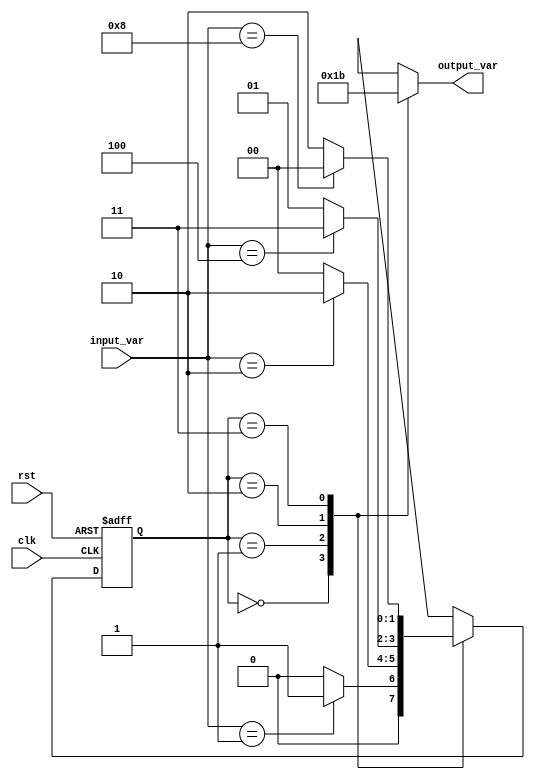
module variable_input_mealy_fsm #(
    parameter N = 4,  // Input width
    parameter M = 2   // Output width
)(
    input wire clk,
    input wire rst,
    input wire [N-1:0] input_var,
    output reg [M-1:0] output_var
);

    // Define states as local parameters
    localparam STATE1 = 2'b00;
    localparam STATE2 = 2'b01;
    localparam STATE3 = 2'b10;
    localparam STATE4 = 2'b11;

    // State register
    reg [1:0] current_state, next_state;

    // Asynchronous reset and state transition on clock edge
    always @(posedge clk or posedge rst) begin
        if (rst) begin
            current_state <= STATE1; // Reset to initial state
        end else begin
            current_state <= next_state; // Update state
        end
    end

    // Next state logic
    always @(*) begin
        case (current_state)
            STATE1: begin
                if (input_var == 4'b0001) begin
                    next_state = STATE2; // Transition based on input
                end else begin
                    next_state = STATE1; // Stay in current state
                end
            end
            STATE2: begin
                if (input_var == 4'b0010) begin
                    next_state = STATE3; // Transition based on input
                end else begin
                    next_state = STATE1; // Default transition
                end
            end
            STATE3: begin
                if (input_var == 4'b0100) begin
                    next_state = STATE4; // Transition based on input
                end else begin
                    next_state = STATE2; // Default transition
                end
            end
            STATE4: begin
                if (input_var == 4'b1000) begin
                    next_state = STATE1; // Transition based on input
                end else begin
                    next_state = STATE3; // Default transition
                end
            end
            default: next_state = STATE1; // Default state
        endcase
    end

    // Output logic
    always @(*) begin
        case (current_state)
            STATE1: output_var = 2'b00; // Output for STATE1
            STATE2: output_var = 2'b01; // Output for STATE2
            STATE3: output_var = 2'b10; // Output for STATE3
            STATE4: output_var = 2'b11; // Output for STATE4
            default: output_var = 2'b00; // Default output
        endcase
    end

endmodule